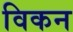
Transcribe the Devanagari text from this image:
विकन